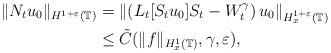
LaTeX: \begin{align*} \|N_tu_0\|_{H^{1+\varepsilon}(\mathbb{T})} & = \left\|\left(L_{t}[S_tu_0]S_t - W_t^\gamma\right) u_0\right\|_{H_x^{1+\varepsilon}(\mathbb{T})}\\ &\leq \tilde{C}(\|f\|_{H^1_x(\mathbb{T})}, \gamma, \varepsilon),\end{align*}